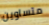
متساوين